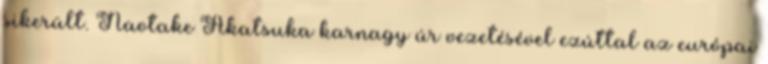
sikerült. Naotake Akatsuka karnagy úr vezetésével ezúttal az európai